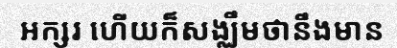
អក្សរ ហើយក៏សង្ឈឹមថានឹងមាន